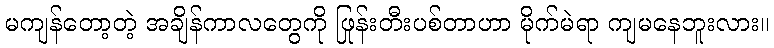
မကျန်တော့တဲ့ အချိန်ကာလတွေကို ဖြုန်းတီးပစ်တာဟာ မိုက်မဲရာ ကျမနေဘူးလား။